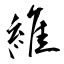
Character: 維